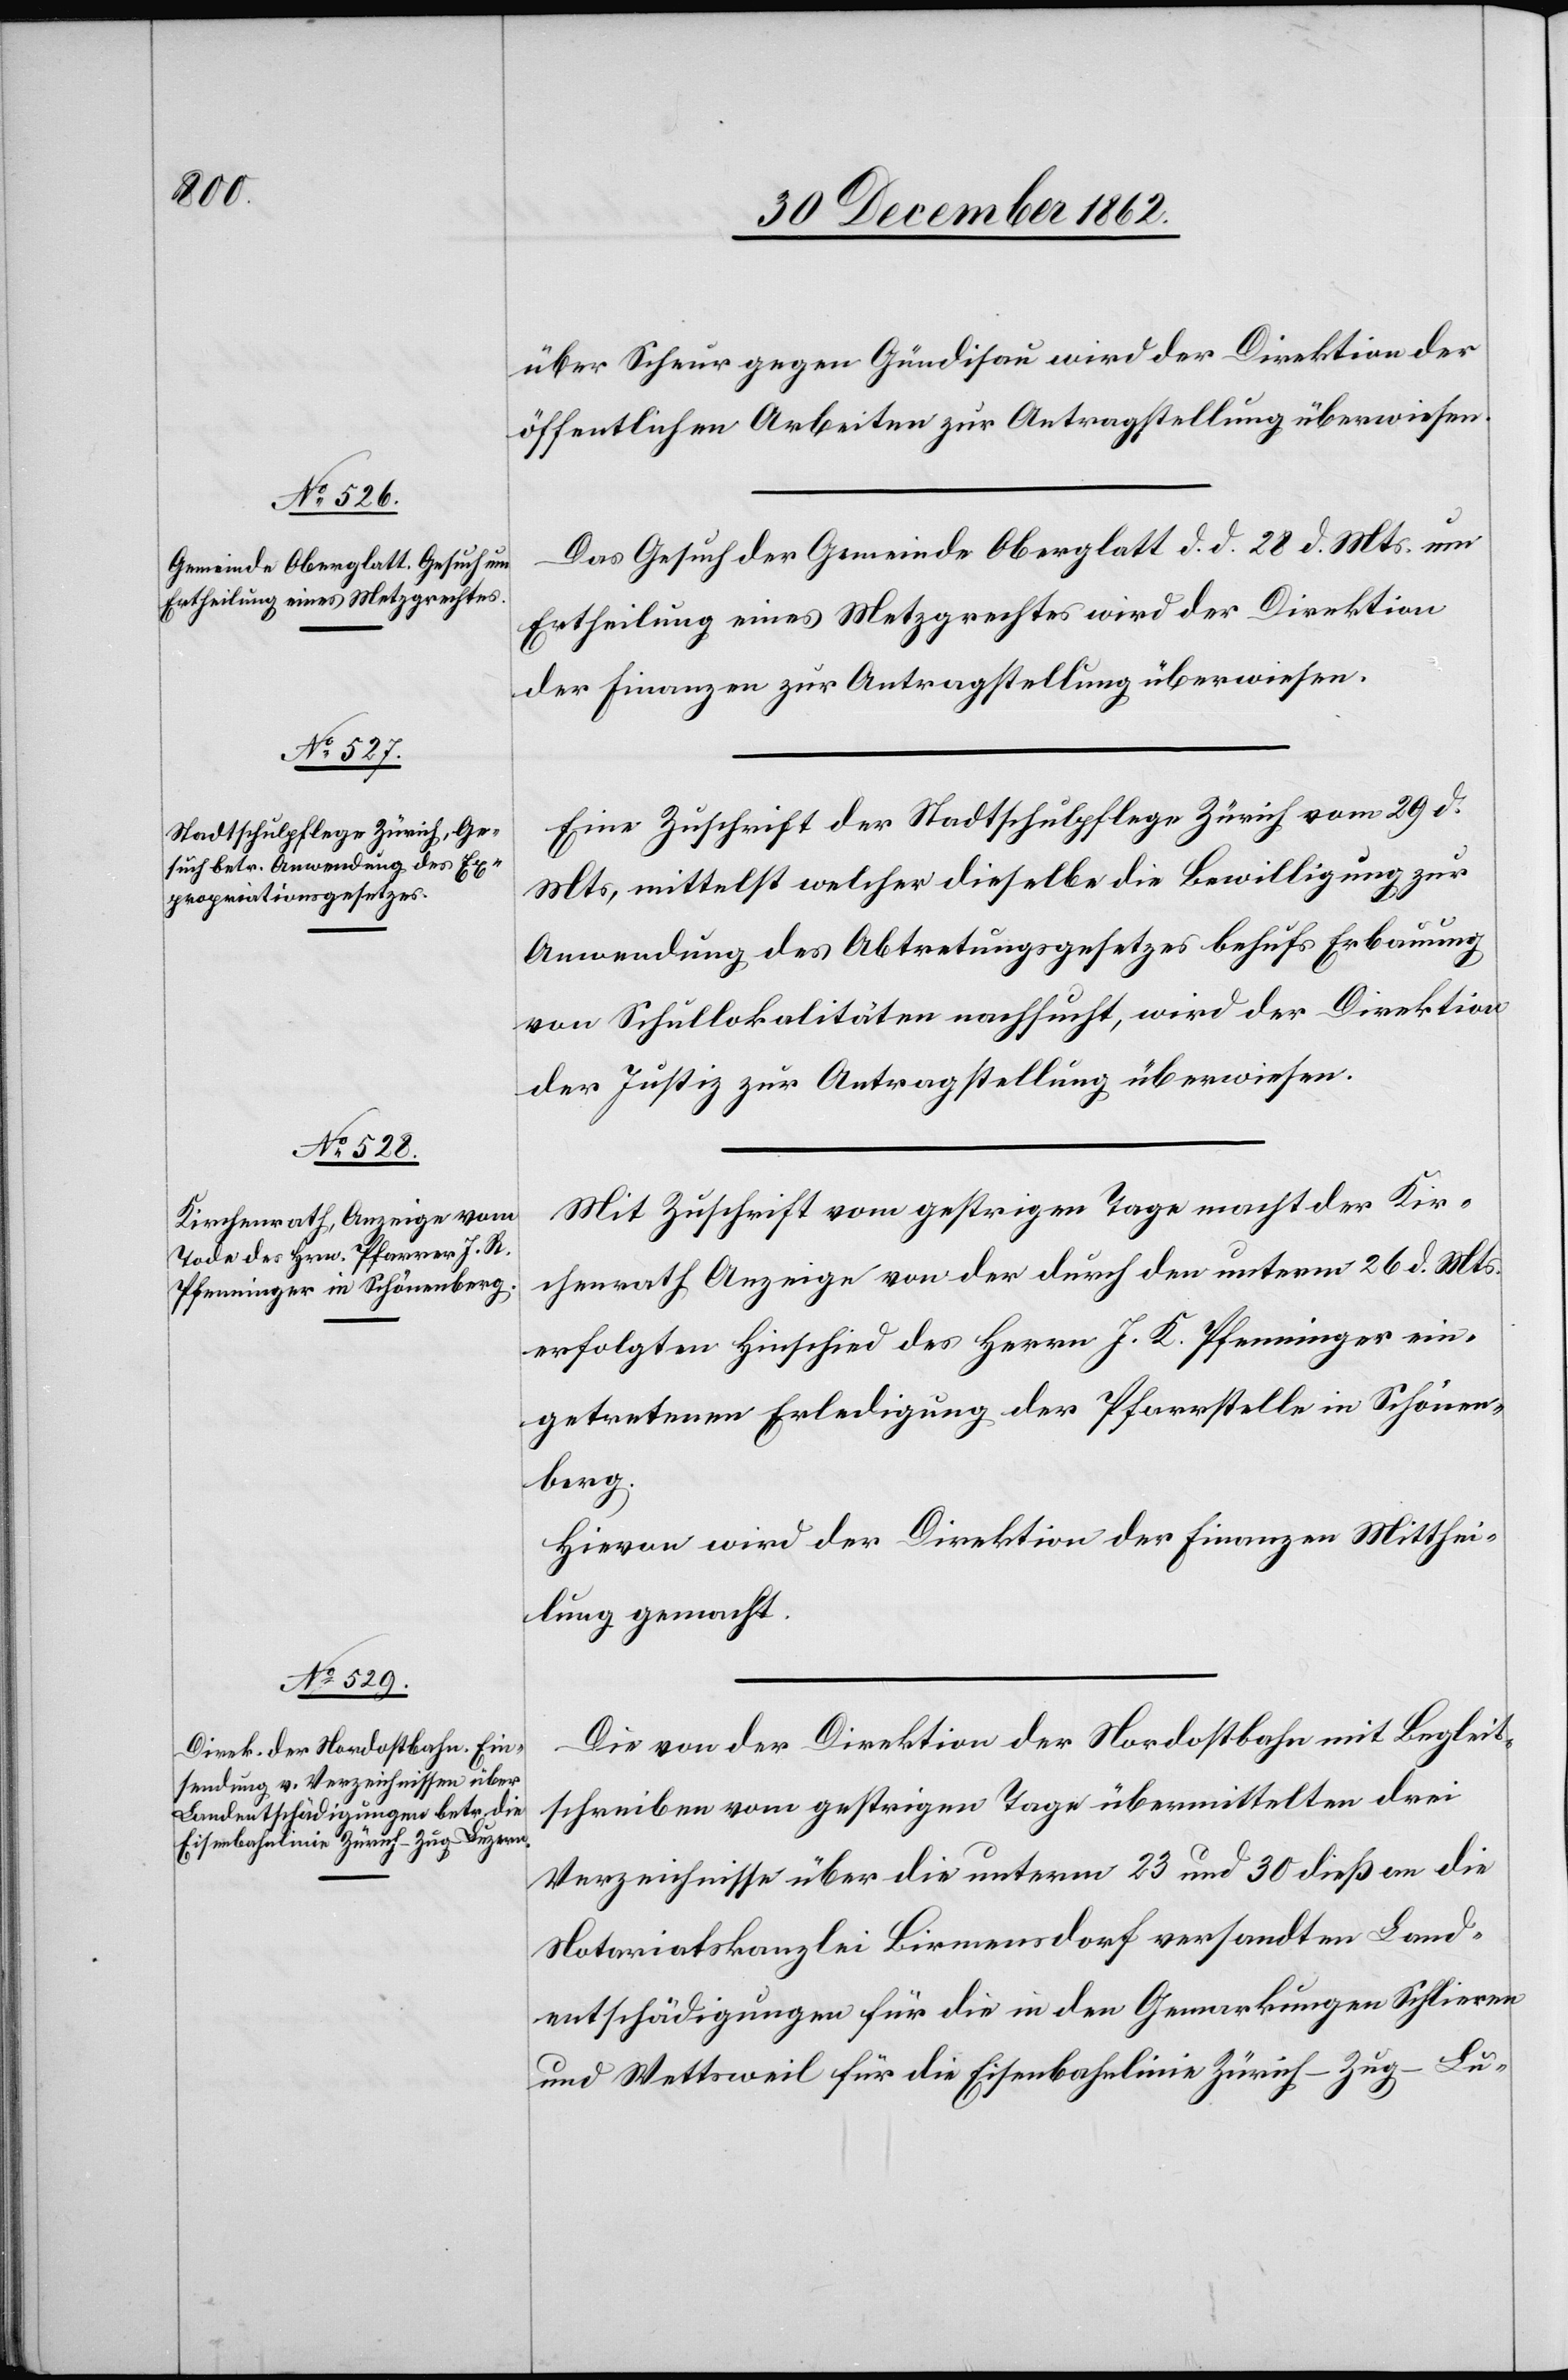
31. December 1862.]
über Scheur gegen Gündisau wird der Direktion der
öffentlichen Arbeiten zur Antragstellung überwiesen.
Das Gesuch der Gemeinde Oberglatt d. d. 28. d. Mts. um
Ertheilung eines Metzgrechtes wird der Direktion
der Finanzen zur Antragstellung überwiesen.
Eine Zuschrift der Stadtschulpflege Zürich vom 29. d.
Mts, mittelst welcher dieselbe die Bewilligung zur
Anwendung des Abtretungsgesetzes behufs Erbauung
von Schullokalitäten nachsucht, wird der Direktion
der Justiz zur Antragstellung überwiesen.
Mit Zuschrift vom gestrigen Tage macht der Kir¬
chenrath Anzeige von der durch den unterm 26. d. Mts.
erfolgten Hinschied des Herrn J. K. Pfenninger ein¬
getretenen Erledigung der Pfarrstelle in Schönen¬
berg.
Hievon wird der Direktion der Finanzen Mitthei¬
lung gemacht.
Die von der Direktion der Nordostbahn mit Begleit¬
schreiben vom gestrigen Tage übermittelten drei
Verzeichnisse über die unterm 23. und 30. dieß an die
Notariatskanzlei Birmensdorf versandten Land¬
entschädigungen für die in den Gemarkungen Schlieren
und Wettsweil für die Eisenbahnlinie Zürich–Zug–Lu-